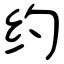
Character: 约